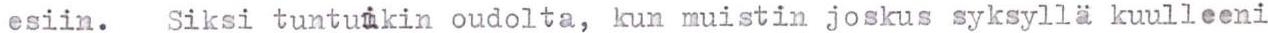
esiin.  Siksi tuntuikin oudolta, kun muistin joskus syksyllä kuulleeni